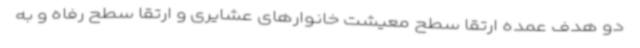
دو هدف عمده ارتقا سطح معیشت خانوارهای عشایری و ارتقا سطح رفاه و به